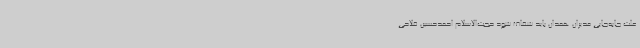
علت جابه‌جایی مدیران همدان باید شفاف شود حجت‌الاسلام احمدحسین فلاحی